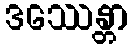
ဒဿေန္တာ